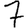
Digit: 7